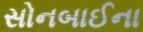
સોનબાઈના